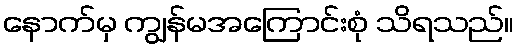
နောက်မှ ကျွန်မအကြောင်းစုံ သိရသည်။